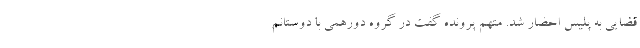
قضایی به پلیس احضار شد. متهم پرونده گفت در گروه دورهمی با دوستانم